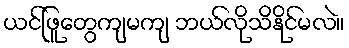
ယင်ဖြူတွေကျမကျ ဘယ်လိုသိနိုင်မလဲ။